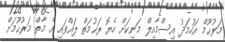
މަރުޙޫމް އަހުމަދު އިސްމާއިލް މަނިކަށް ހެޔޮ ރަޙުމަތް ލައްވައި އެ މާތް މަރުޙޫމަށް